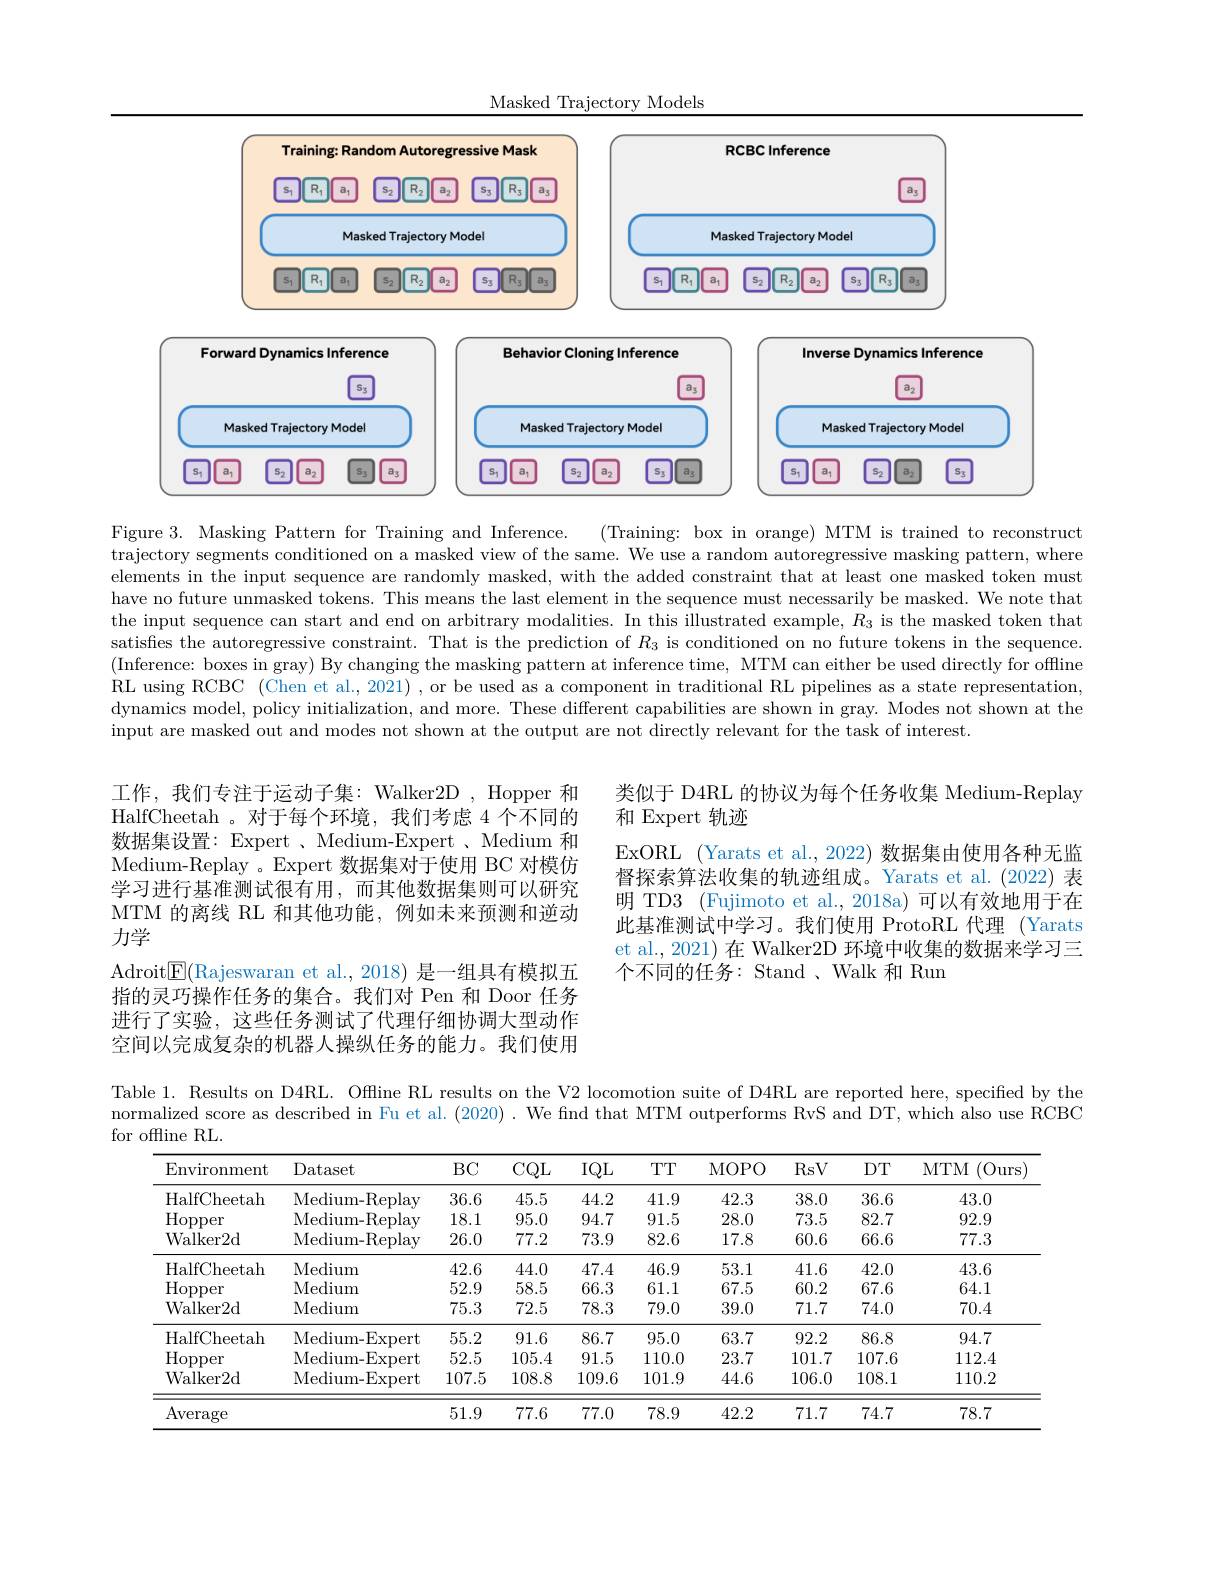
<FigureHere>

(Training: box in orange) MTM is trained to reconstruct
Figure 3. Masking Pattern for Training and Inference.
trajectory segments conditioned on a masked view of the same. We use a random autoregressive masking pattern, where elements in the input sequence are randomly masked, with the added constraint that at least one masked token must have no future unmasked tokens. This means the last element in the sequence must necessarily be masked. We note that the input sequence can start and end on arbitrary modalities. In this illustrated example, $R_3$ is the masked token that satisfies the autoregressive constraint. That is the prediction of $R_3$ is conditioned on no future tokens in the sequence. (Inference: boxes in gray) By changing the masking pattern at inference time, MTM can either be used directly for offline RL using RCBC (Chen et al., 2021) ,or be used as a component in traditional RL pipelines as a state representation, dynamics model, policy initialization, and more. These different capabilities are shown in gray. Modes not shown at the input are masked out and modes not shown at the output are not directly relevant for the task of interest.

类似于 D4RL 的协议为每个任务收集 Medium-Replay
和 Expert 轨迹
ExORL (Yarats et al., 2022) 数据集由使用各种无监督探索算法收集的轨迹组成。Yarats et al.(2022) 表明 TD3 (Fujimoto et al., 2018a) 可以有效地用于在此基准测试中学习。我们使用 ProtoRL 代理 (Yarats et al., 2021) 在 Walker2D 环境中收集的数据来学习三个不同的任务：Stand 、Walk 和 Run

工作，我们专注于运动子集：Walker2D , Hopper 和HalfCheetah 。对于每个环境，我们考虑 4 个不同的数据集设置：Expert 、Medium-Expert 、Medium 和Medium-Replay 。Expert 数据集对于使用 BC 对模仿学习进行基准测试很有用，而其他数据集则可以研究MTM 的离线 RL 和其他功能，例如未来预测和逆动力学
Adroit$\boxed{\mathrm{F}}($Rajeswaran et al.,2018) 是一组具有模拟五指的灵巧操作任务的集合。我们对 Pen 和 Door 任务进行了实验，这些任务测试了代理仔细协调大型动作空间以完成复杂的机器人操纵任务的能力。我们使用

Table 1. Results on D4RL. Offline RL results on the V2 locomotion suite of D4RL are reported here, specified by the

normalized score as described in Fu et al.(2020) . We find that MTM outperforms RvS and DT, which also use RCBC

for offline RL.
<table>
	<tbody>
		<tr>
			<th>Environment</th>
			<th>Dataset</th>
			<th>$BC$</th>
			<th>$CQL$</th>
			<th>$IQL$</th>
			<th>TTT</th>
			<th>MOPO</th>
			<th>RsV</th>
			<th>$DT$</th>
			<th>(Ours) MTM</th>
		</tr>
		<tr>
			<td>HalfCheetah</td>
			<td>Medium- Replay</td>
			<td>36.6</td>
			<td>45.5</td>
			<td>44.2</td>
			<td>41.9</td>
			<td>42.3</td>
			<td>38.0</td>
			<td>36.6</td>
			<td>43.0</td>
		</tr>
		<tr>
			<td>$\operatorname{Hopper}$</td>
			<td>Medium- Replay</td>
			<td>18.1</td>
			<td>95.0</td>
			<td>94.7</td>
			<td>91.5</td>
			<td>28.0</td>
			<td>73.5</td>
			<td>82.7</td>
			<td>92.9</td>
		</tr>
		<tr>
			<td>Walker2d</td>
			<td>Medium- Replay</td>
			<td>26.0</td>
			<td>77.2</td>
			<td>73.9</td>
			<td>82.6</td>
			<td>17.8</td>
			<td>60.6</td>
			<td>66.6</td>
			<td>77.3</td>
		</tr>
		<tr>
			<td>HalfCheetah</td>
			<td>Medium</td>
			<td>42.6</td>
			<td>44.0</td>
			<td>47.4</td>
			<td>46.9</td>
			<td>53.1</td>
			<td>41.6</td>
			<td>42.0</td>
			<td>43.6</td>
		</tr>
		<tr>
			<td>$\operatorname{Hopper}$</td>
			<td>Medium</td>
			<td>52.9</td>
			<td>58.5</td>
			<td>66.3</td>
			<td>61.1</td>
			<td>67.5</td>
			<td>60.2</td>
			<td>67.6</td>
			<td>64.1</td>
		</tr>
		<tr>
			<td>Walker2d</td>
			<td>Medium</td>
			<td>75.3</td>
			<td>72.5</td>
			<td>78.3</td>
			<td>79.0</td>
			<td>39.0</td>
			<td>71.7</td>
			<td>74.0</td>
			<td>70.4</td>
		</tr>
		<tr>
			<td>HalfCheetah</td>
			<td>Medium- Expert</td>
			<td>55.2</td>
			<td>91.6</td>
			<td>86.7</td>
			<td>95.0</td>
			<td>63.7</td>
			<td>92.2</td>
			<td>86.8</td>
			<td>94.7</td>
		</tr>
		<tr>
			<td>$\operatorname{Hopper}$</td>
			<td>Medium- Expert</td>
			<td>52.5</td>
			<td>105.4</td>
			<td>91.5</td>
			<td>1110.0</td>
			<td>23.7</td>
			<td>101.7</td>
			<td>107.6</td>
			<td>112.4</td>
		</tr>
		<tr>
			<td>${\mathrm{Walker2d}}$</td>
			<td>Medium- Expert</td>
			<td>107.5</td>
			<td>108.8</td>
			<td>109.6</td>
			<td>101.9</td>
			<td>44.6</td>
			<td>106.0</td>
			<td>108.1</td>
			<td>110.2</td>
		</tr>
		<tr>
			<td>Average</td>
			<td> </td>
			<td>51.9</td>
			<td>77.6</td>
			<td>77.0</td>
			<td>78.9</td>
			<td>42.2</td>
			<td>71.7</td>
			<td>74.7</td>
			<td>78.7</td>
		</tr>
	</tbody>
</table>